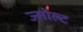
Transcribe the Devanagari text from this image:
ज्सोल्ट